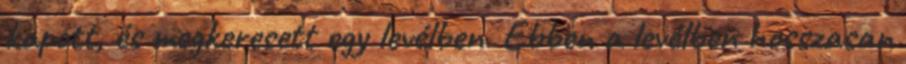
kapott, és megkeresett egy levélben. Ebben a levélben hosszasan